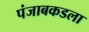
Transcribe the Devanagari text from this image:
पंजाबकडला